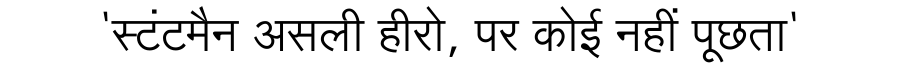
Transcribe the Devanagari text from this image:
'स्टंटमैन असली हीरो, पर कोई नहीं पूछता'